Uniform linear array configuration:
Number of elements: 48
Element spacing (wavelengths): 0.25
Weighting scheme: hamming
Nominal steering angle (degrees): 15
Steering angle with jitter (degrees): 13.431
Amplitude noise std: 0.05
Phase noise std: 0.05

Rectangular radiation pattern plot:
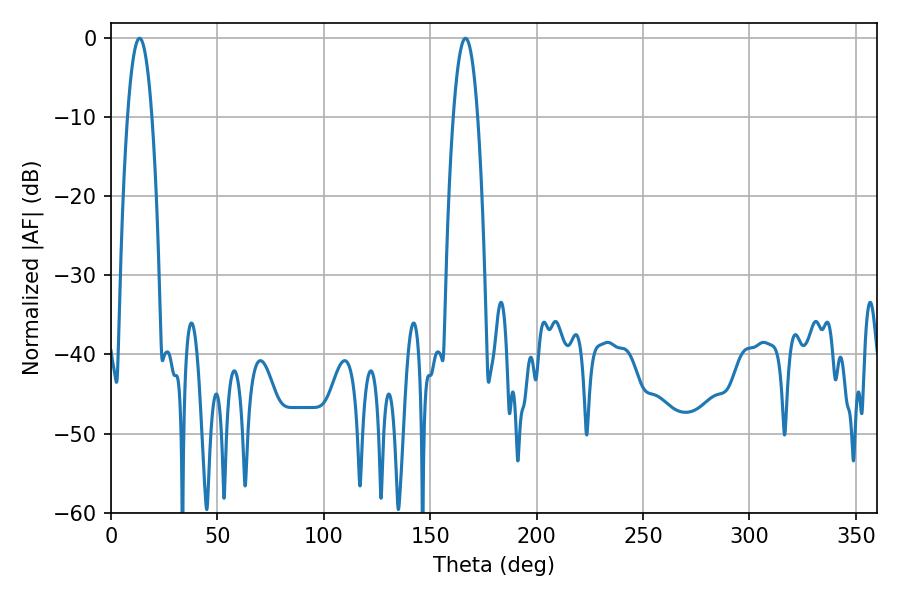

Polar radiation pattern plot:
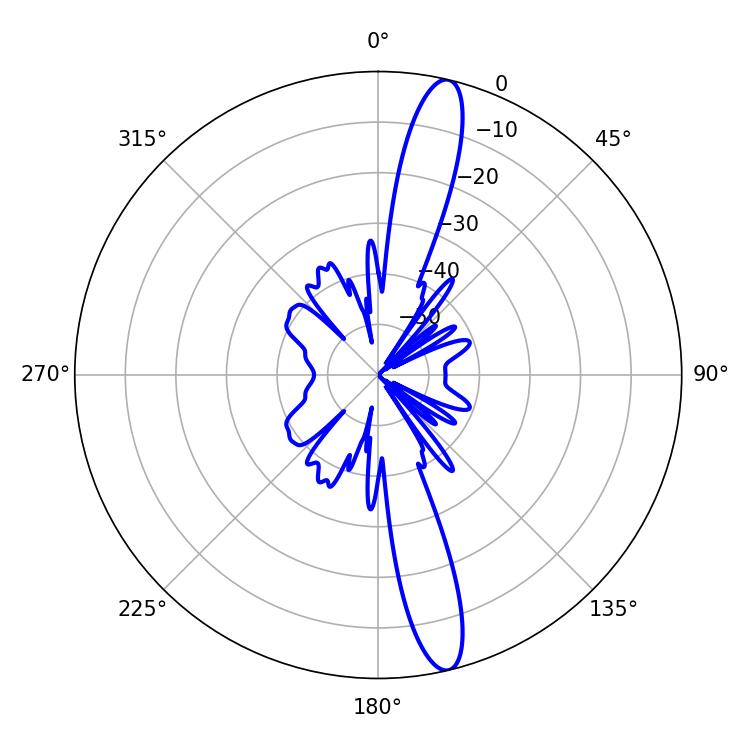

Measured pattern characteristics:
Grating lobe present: FALSE
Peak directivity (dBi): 15.585
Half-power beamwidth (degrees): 6.3
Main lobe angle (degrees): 13.5